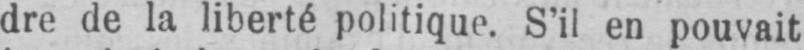
dre de la liberté politique. S’il en pouvait